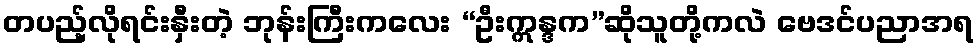
တပည့်လိုရင်းနှီးတဲ့ ဘုန်းကြီးကလေး “ဦးဣန္ဒက”ဆိုသူတို့ကလဲ ဗေဒင်ပညာအရ